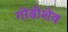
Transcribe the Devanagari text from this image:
गोडीशेव